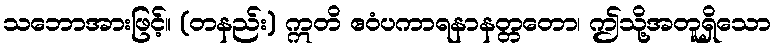
သဘောအားဖြင့်။ (တနည်း) ဣတိ ဧဝံပကာရနာနတ္တတော၊ ဤသို့အတူရှိသော